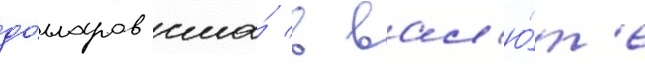
до́лларов сша́ в вал'ю́т'е